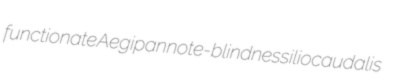
functionate Aegipan note-blindness iliocaudalis